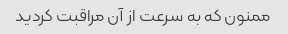
ممنون که به سرعت از آن مراقبت کردید